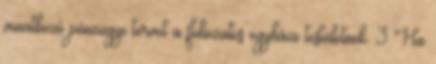
vonatkozó pénzügyi tervet a fokozatos egyházi testületnek. 3 Ha